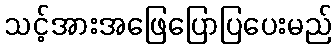
သင့်အားအဖြေပြောပြပေးမည်